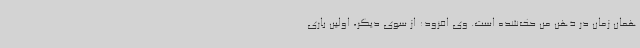
همان زمان در ذهن من حک‌شده است. وی افزود: از سوی دیگر، اولین باری